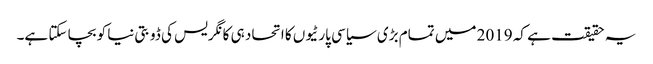
یہ حقیقت ہے کہ 2019 میں تمام بڑی سیاسی پارٹیوں کا اتحاد ہی کانگریس کی ڈوبتی نیا کو بچا سکتا ہے۔